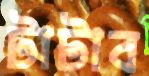
টাটাব